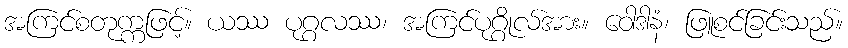
အကြင်စတုက္ကဖြင့်။ ယဿ ပုဂ္ဂလဿ၊ အကြင်ပုဂ္ဂိုလ်အား။ ဝေါဒါနံ၊ ဖြူစင်ခြင်းသည်။